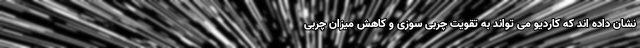
نشان داده اند که کاردیو می تواند به تقویت چربی سوزی و کاهش میزان چربی